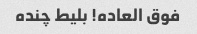
فوق العاده! بلیط چنده